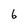
Character: 6